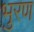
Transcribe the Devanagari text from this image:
भुरण